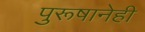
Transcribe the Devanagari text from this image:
पुरूषानेही